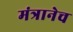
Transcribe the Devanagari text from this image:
मंत्रानेच